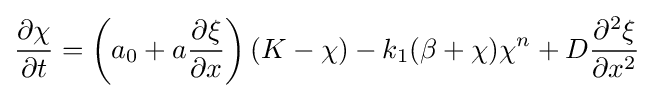
{\partial \chi  \over \partial t}=\left(a_{0}+a{\partial \xi  \over \partial x}\right)(K-\chi )-k_{1}(\beta +\chi )\chi ^{n}+D{\partial ^{2}\xi  \over \partial x^{2}}